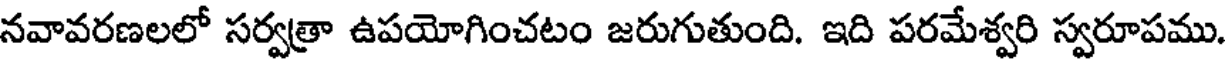
నవావరణలలో సర్వత్రా ఉపయోగించటం జరుగుతుంది. ఇది పరమేశ్వరి స్వరూపము.